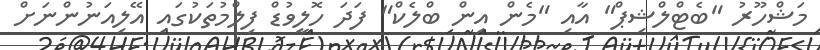
މަޝްހޫރު "ބެޓްލްޝިޕް" އާއި "މެން އިން ބްލެކް" ފަދަ ހޮލީވުޑް ފިލްމުތަކުގައި އޭލިއަނުންނަށް